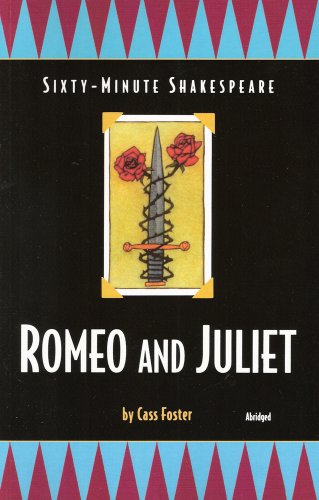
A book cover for Romeo and Juliet: Sixty-Minute Shakespeare Series; Cass Foster; Teen & Young Adult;